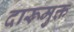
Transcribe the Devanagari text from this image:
दारूमुक्त